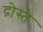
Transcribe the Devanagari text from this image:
द्रोस्ते